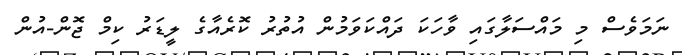
ނަމަވެސް މި މައްސަލާގައި ވާހަކަ ދައްކަވަމުން އުތުރު ކޮރެއާގެ ލީޑަރު ކިމް ޖޮން-އުން